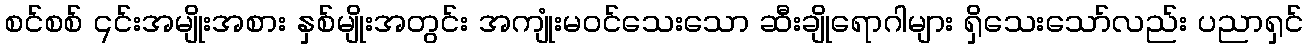
စင်စစ် ၎င်းအမျိုးအစား နှစ်မျိုးအတွင်း အကျုံးမဝင်သေးသော ဆီးချိုရောဂါများ ရှိသေးသော်လည်း ပညာရှင်